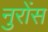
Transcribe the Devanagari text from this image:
नुरोंस